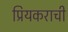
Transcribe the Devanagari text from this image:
प्रियकराची